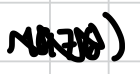
Text: 1976)
Cross-out: zig-zag
Writing tool: digital_black